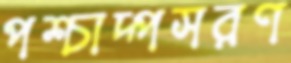
পশ্চাদ্পসরণ